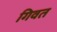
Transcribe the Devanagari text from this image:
गिवत